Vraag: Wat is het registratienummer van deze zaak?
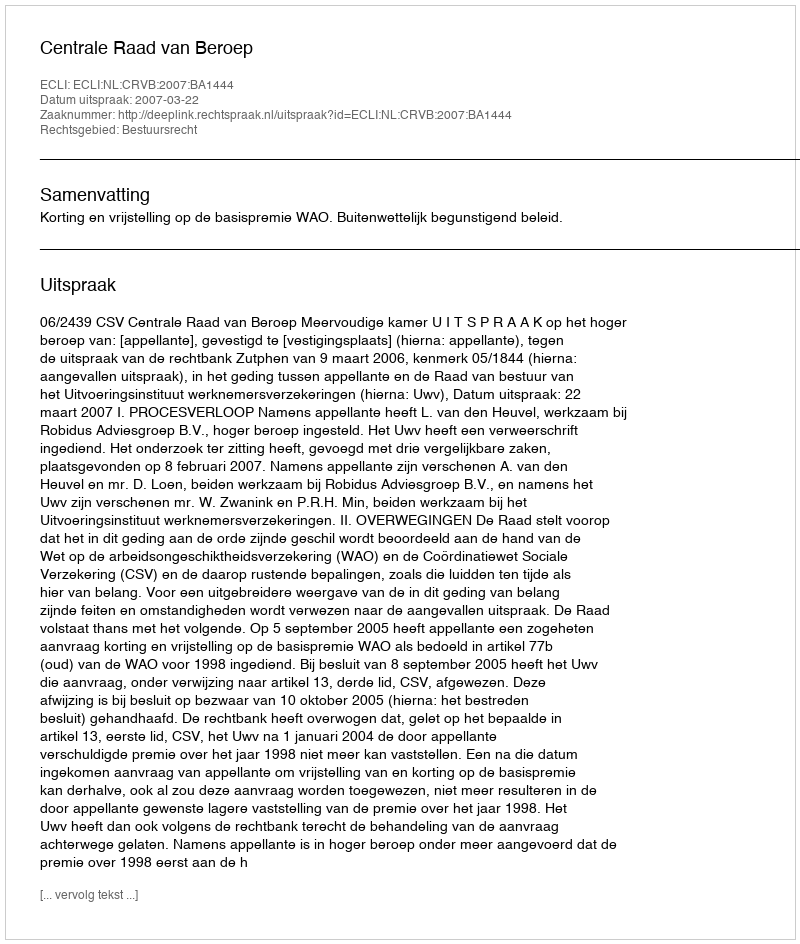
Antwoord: http://deeplink.rechtspraak.nl/uitspraak?id=ECLI:NL:CRVB:2007:BA1444